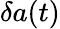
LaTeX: \delta a(t)